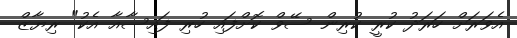
އެވަރަށް ހަރަދު ކުރީ ކުރިން ސޭވް ކޮށްފައި ހުރި ފައިސާއާ އެކު" ރިޔާޒް